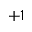
+ 1